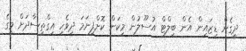
ދީގެން ޑިޒައިން އެން ބިލްޓް އުސޫލުން މިކަން ކޮށްފިނަމަ ދިވެހި އިގްތިސާދަށް މީގެ